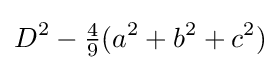
D^{2}-{\tfrac {4}{9}}(a^{2}+b^{2}+c^{2})